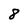
Character: 8